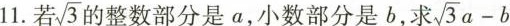
11.若 $$\sqrt{3}$$ 整数部分是a，小数部分是b，求 $$\sqrt{3}a-b$$ b